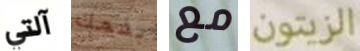
آلتي بفمك مع الزيتون